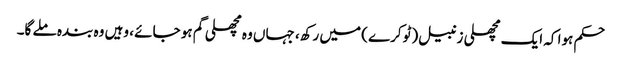
حکم ہوا کہ ایک مچھلی زنبیل (ٹوکرے ) میں رکھ، جہاں وہ مچھلی گم ہو جائے ، وہیں وہ بندہ ملے گا۔